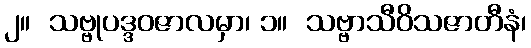
၂။  သဗ္ဗုပဒ္ဒဝဇာလမှာ၊ ၁။  သဗ္ဗာသီဝိသဇာတီနံ၊